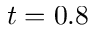
t = 0 . 8